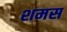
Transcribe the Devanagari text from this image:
शमस